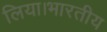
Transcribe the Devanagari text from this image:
लिया।भारतीय